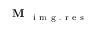
\textbf { M } _ { \mathrm { ~ i ~ m ~ g ~ . ~ r ~ e ~ s ~ } }